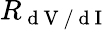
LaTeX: R_{\mathrm{~d~V~/~d~I~}}